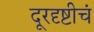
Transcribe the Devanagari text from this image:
दूरदृष्टीचं